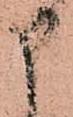
申